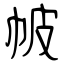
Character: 帔